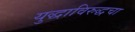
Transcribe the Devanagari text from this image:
युद्धाविरुद्धचा